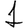
Digit: 1